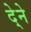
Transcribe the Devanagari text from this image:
दे्ने